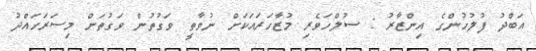
އަބްދު ފުލުހުންގެ އިންޒާރު : ސުލްހަވެރި މުޒާހަރައަކަށް ނުވާތީ ވަގުތުން ވަގުތަށް މިސަރަހައްދު